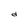
Character: d